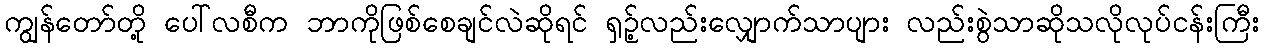
ကျွန်တော်တို့ ပေါ်လစီက ဘာကိုဖြစ်စေချင်လဲဆိုရင် ရှဉ့်လည်းလျှောက်သာပျား လည်းစွဲသာဆိုသလိုလုပ်ငန်းကြီး